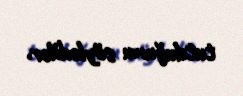
tutduğunu söylədilər.